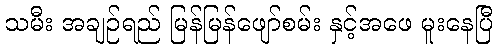
သမီး အချဉ်ရည် မြန်မြန်ဖျော်စမ်း နှင့်အဖေ မူးနေပြီ